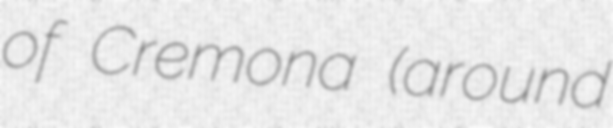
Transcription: of Cremona (around